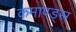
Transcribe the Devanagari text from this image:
कमाण्ड्स